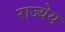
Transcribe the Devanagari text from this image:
राज्येय